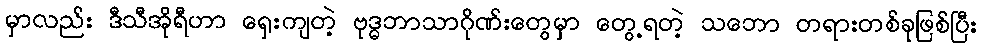
မှာလည်း ဒီသီအိုရီဟာ ရှေးကျတဲ့ ဗုဒ္ဓဘာသာဂိုဏ်းတွေမှာ တွေ့ရတဲ့ သဘော တရားတစ်ခုဖြစ်ပြီး